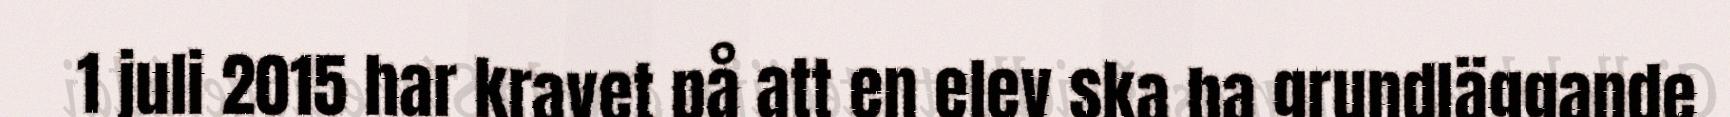
1 juli 2015 har kravet på att en elev ska ha grundläggande